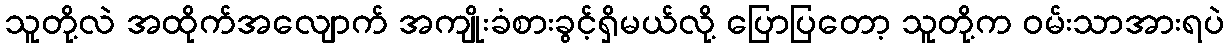
သူတို့လဲ အထိုက်အလျောက် အကျိုးခံစားခွင့်ရှိမယ်လို့ ပြောပြတော့ သူတို့က ဝမ်းသာအားရပဲ